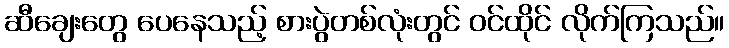
ဆီချေးတွေ ပေနေသည့် စားပွဲတစ်လုံးတွင် ဝင်ထိုင် လိုက်ကြသည်။